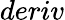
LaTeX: deriv